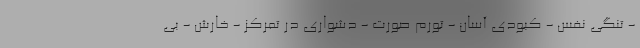
- تنگی نفس - کبودی آسان - تورم صورت - دشواری در تمرکز - خارش - بی